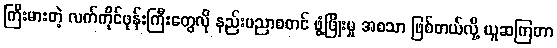
ကြီးမားတဲ့ လက်ကိုင်ဖုန်းကြီးတွေလို နည်းပညာစတင် ဖွံ့ဖြိုးမှု အစသာ ဖြစ်တယ်လို့ ယူဆကြတာ